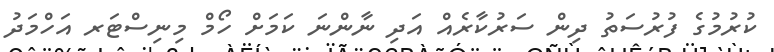
ކުރުމުގެ ފުރުސަތު ދިން ސަރުކާރެއް އަދި ނާންނަ ކަމަށް ހޯމް މިނިސްޓަރ އަހްމަދު